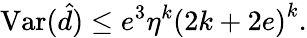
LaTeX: \mathrm{Var}(\hat{d})\leq e^{3}\eta^{k}\left(2k+2e\right)^{k}.